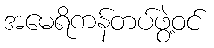
အမေရိကန်တပ်ဖွဲ့ဝင်